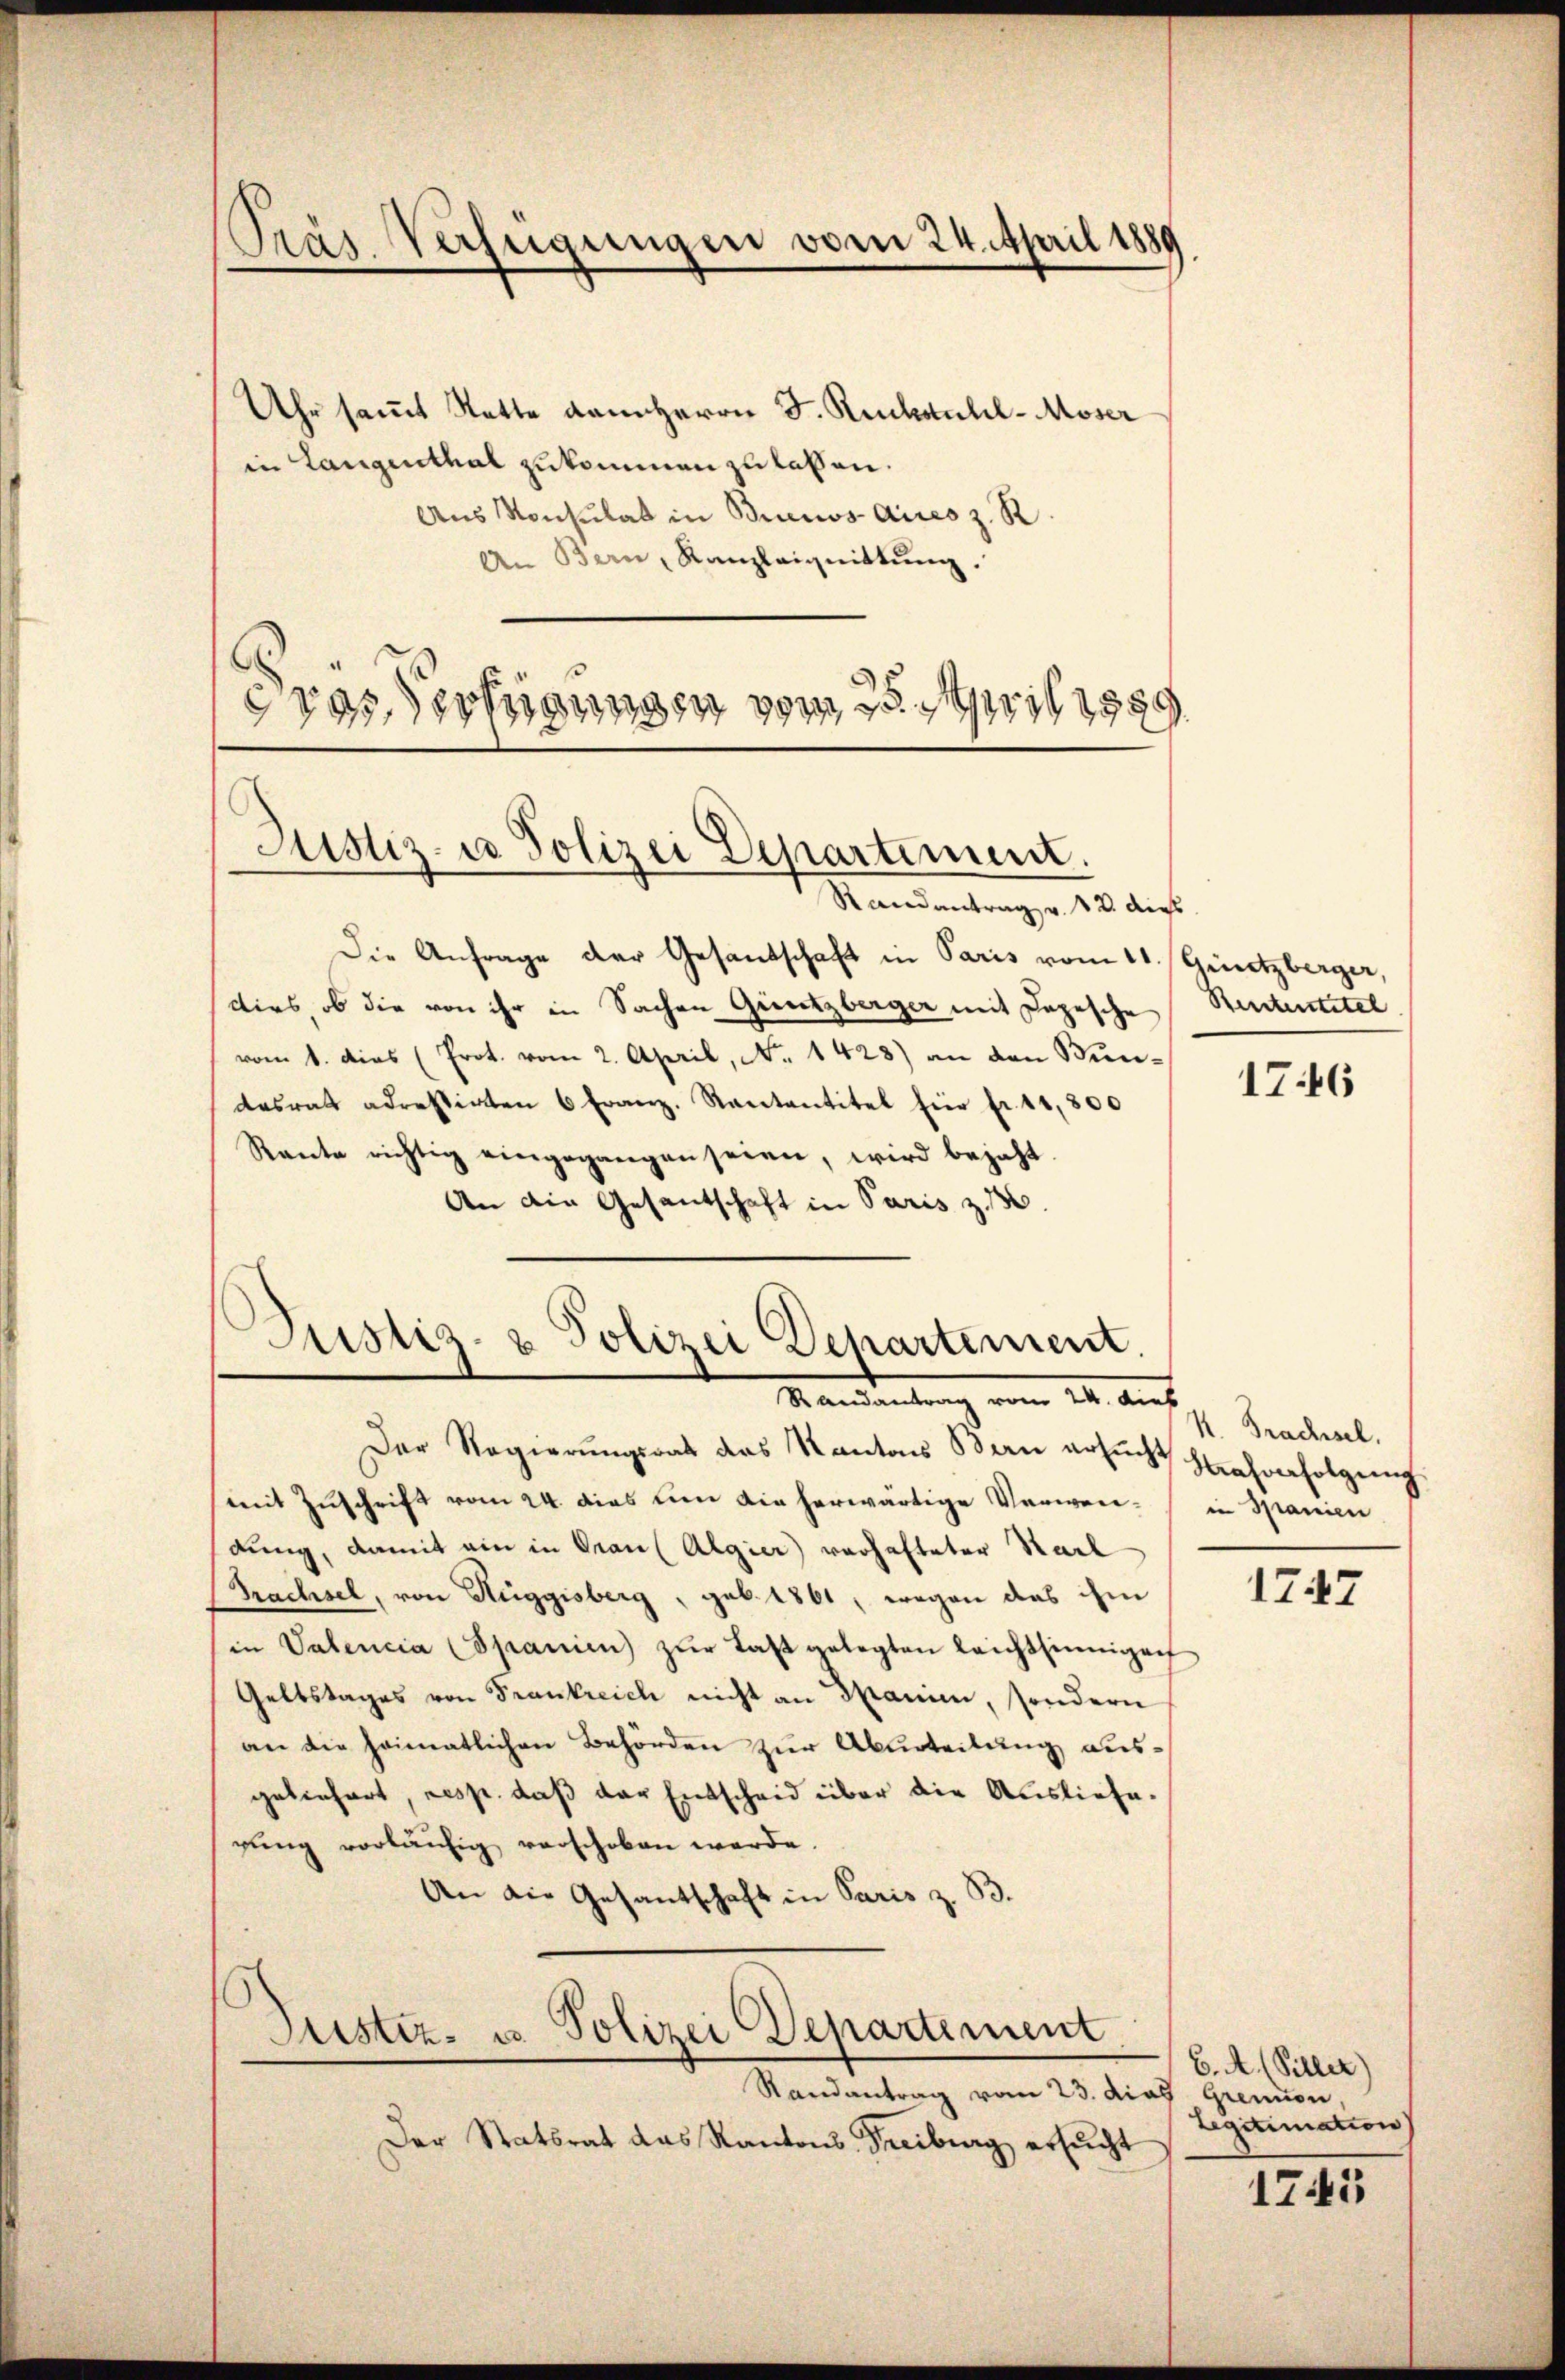
Uhr samt Statte dem Herrn J. Rückstuhl-Moser
in Langenthal zukommen zu lassen.
Aus Konsulat in Brunos Aires z. R.
An Bern, Kanzleignittŭng.
vos Verfügungen vom 25. April 1889

Pras Verfügungen vom 24. April 1889

Justiz- u Polizei Departement.
Randantrag v. 12. dies

Die Anfrage der Gesandschaft in Paris vom 11. Güntzberger,
dirs, ob die von ihr in Sachen Güntzberger mit Depesche
vom 1. dies (Prot. vom 2. April, No. 1428) an den Bun-
desrat adressirten 6 Franz. Rantantitel für fr. 11,300
Rante richtig eingegangen seien, wird bejaht.
An die Gesantschaft in Paris z. 136.

.
Justiz- & Polizei Departement.
I. Auf

Der Regierungsrat das Kantons Bau ersŭcht strafverfolgung.
mit Zuschrift vom 24. dies um die herwärtige Verwei- in Spanien
dung, damit ein in Grau (Algier verhafteter Karl
Prachsel, von Hüggisberg, geb. 1861, wegen das ihm
in Valencia (Spanien) zŭr Last gelegten leichtsinnigen
Geltstages von Frankreich nicht an Spanie, sondern
an die heimatlichen Behörden zur Aburteilung ausgelinhart, resp. daß der Entscheid über die Ausliefe.
rung vorläufig verschoben werde.
An die Gesantschaft in Paris z. B.
Justiz- u. Polizei Departement.
Randantrag vom 23. das Grenon,
Der Statsrat das Kantons Freiburg ersŭcht

Rentenstitel

1746

K. Prachsel.

1747

6. A. (Piller)
Legitimation

1745